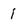
Character: i